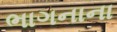
ભાગનાના